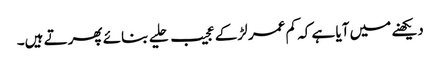
دیکھنے میں آیا ہے کہ کم عمر لڑکے عجیب حلیے بنائے پھرتے ہیں۔